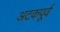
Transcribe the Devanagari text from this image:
अटकपूर्व